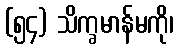
(၅၄) သိက္ခမာန်မကို၊